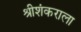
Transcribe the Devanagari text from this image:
श्रीशंकराला